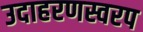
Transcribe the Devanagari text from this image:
उदाहरणस्वरप